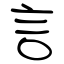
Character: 言